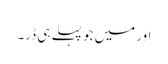
اور میں جو پہلے ہی ڈر۔